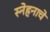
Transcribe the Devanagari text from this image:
स्नेहनाचे